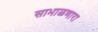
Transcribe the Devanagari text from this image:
साभाळणारा